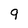
Character: 9